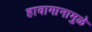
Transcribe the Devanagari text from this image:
हावामानामुळे